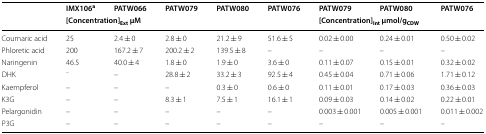
<table><thead><tr><td rowspan="2"></td><td><b>IMX106<sup>a</sup></b></td><td><b>PATW066</b></td><td><b>PATW079</b></td><td><b>PATW080</b></td><td><b>PATW076</b></td><td><b>PATW079</b></td><td><b>PATW080</b></td><td><b>PATW076</b></td></tr><tr><td colspan="5"><b>[Concentration]<sub>Ext</sub> μM</b></td><td colspan="3"><b>[Concentration]<sub>Int</sub> μmol/g<sub>CDW</sub></b></td></tr></thead><tbody><tr><td>Coumaric acid</td><td>25</td><td>2.4 ± 0</td><td>2.8 ± 0</td><td>21.2 ± 9</td><td>51.6 ± 5</td><td>0.02 ± 0.00</td><td>0.24 ± 0.01</td><td>0.50 ± 0.02</td></tr><tr><td>Phloretic acid</td><td>200</td><td>167.2 ± 7</td><td>200.2 ± 2</td><td>139.5 ± 8</td><td>–</td><td>–</td><td>–</td><td>–</td></tr><tr><td>Naringenin</td><td>46.5</td><td>40.0 ± 4</td><td>1.8 ± 0</td><td>1.9 ± 0</td><td>3.6 ± 0</td><td>0.11 ± 0.07</td><td>0.15 ± 0.01</td><td>0.32 ± 0.02</td></tr><tr><td>DHK</td><td><sup>–</sup></td><td>–</td><td>28.8 ± 2</td><td>33.2 ± 3</td><td>92.5 ± 4</td><td>0.45 ± 0.04</td><td>0.71 ± 0.06</td><td>1.71 ± 0.12</td></tr><tr><td>Kaempferol</td><td>–</td><td>–</td><td>–</td><td>0.3 ± 0</td><td>0.6 ± 0</td><td>0.11 ± 0.01</td><td>0.17 ± 0.03</td><td>0.36 ± 0.03</td></tr><tr><td>K3G</td><td>–</td><td>–</td><td>8.3 ± 1</td><td>7.5 ± 1</td><td>16.1 ± 1</td><td>0.09 ± 0.03</td><td>0.14 ± 0.02</td><td>0.22 ± 0.01</td></tr><tr><td>Pelargonidin</td><td>–</td><td>–</td><td>–</td><td>–</td><td>–</td><td>0.003 ± 0.001</td><td>0.005 ± 0.001</td><td>0.011 ± 0.002</td></tr><tr><td>P3G</td><td>–</td><td>–</td><td>–</td><td>–</td><td>–</td><td>–</td><td>–</td><td>–</td></tr></tbody></table>